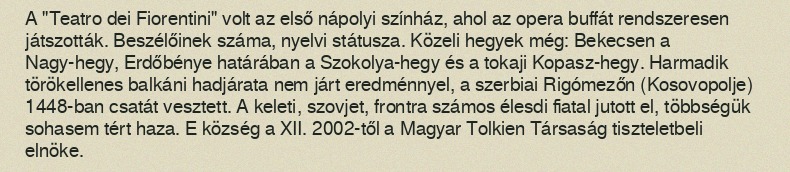
A "Teatro dei Fiorentini" volt az első nápolyi színház, ahol az opera buffát rendszeresen játszották. Beszélőinek száma, nyelvi státusza. Közeli hegyek még: Bekecsen a Nagy-hegy, Erdőbénye határában a Szokolya-hegy és a tokaji Kopasz-hegy. Harmadik törökellenes balkáni hadjárata nem járt eredménnyel, a szerbiai Rigómezőn (Kosovopolje) 1448-ban csatát vesztett. A keleti, szovjet, frontra számos élesdi fiatal jutott el, többségük sohasem tért haza. E község a XII. 2002-től a Magyar Tolkien Társaság tiszteletbeli elnöke.